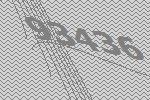
93436